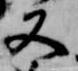
又